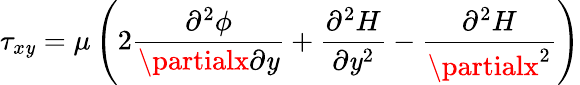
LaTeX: \tau_{x\mathit{y}}=\mu\left(2\frac{{\partial^{2}\phi}}{{\partialx\partial\mathit{y}}}+\frac{{\partial^{2}H}}{{\partial\mathit{y}^{2}}}-\frac{{\partial^{2}H}}{{\partialx^{2}}}\right)